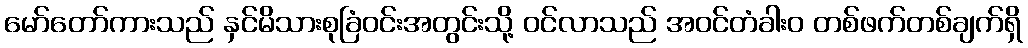
မော်တော်ကားသည် နှင်မိသားစုခြံဝင်းအတွင်းသို့ ဝင်လာသည် အဝင်တံခါးဝ တစ်ဖက်တစ်ချက်ရှိ